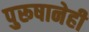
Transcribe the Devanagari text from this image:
पुरूषानेही